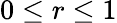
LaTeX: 0\le r\le 1